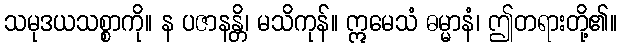
သမုဒယသစ္စာကို။ န ပဇာနန္တိ၊ မသိကုန်။ ဣမေသံ ဓမ္မာနံ၊ ဤတရားတို့၏။